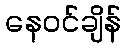
နေဝင်ချိန်